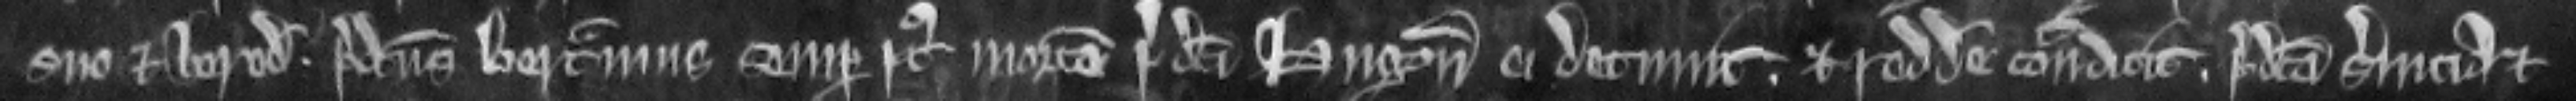
suo et heredi. predictus Bertramus semper post mortem predicti Hugonis ei detinuit. et reddere contradicit. predicta servicia et